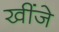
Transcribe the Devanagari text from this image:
खींजे